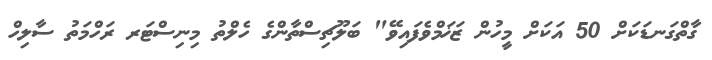
ގާތްގަނޑަކަށް 50 އަކަށް މީހުން ޒަޚަމްވެފައިވޭ" ބަލޫޗިސްތާންގެ ހެލްތު މިނިސްޓަރ ރަހްމަތު ސާލިހް